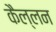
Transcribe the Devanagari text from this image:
कैल्लन